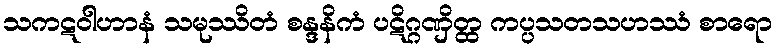
သကဋဝါဟာနံ သမုဿိတံ စန္ဒနိကံ ပဋိဂ္ဂဏှိတ္ထ ကပ္ပသတသဟဿံ စာရော